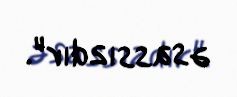
əsassızdır".